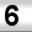
Digit: 6